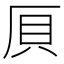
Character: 𠩠